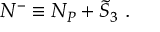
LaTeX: { \cal N } ^ { - } \equiv N _ { P } + { \tilde { S } } _ { 3 } \ .